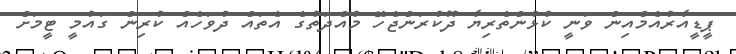
ޕީޑީއާރުއެމްއިން ވަނީ ކުޅުންތެރިޔާ ދޫކުރަންޖެހޭ މުއްދަތުގެ އެތައް ދުވަހެއް ކުރިން ގައުމީ ޓީމަށް